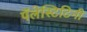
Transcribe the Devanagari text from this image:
पॅलेस्टिटिनी